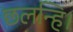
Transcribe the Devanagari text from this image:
छलन्हि।